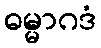
ဓမ္မာဂဒံ